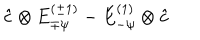
\hat { c } \otimes E _ { \mp \psi } ^ { ( \pm 1 ) } - E _ { - \psi } ^ { ( 1 ) } \otimes \hat { c }